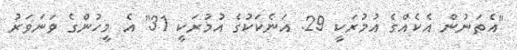
"އެތަނުން އެކެއްގެ އުމުރަކީ 29. އަނެކަކުގެ އުމުރަކީ 31" އެ މީހުންގެ ވަނަވަރު